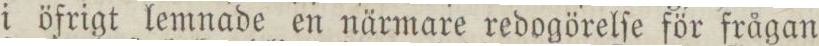
i öfrigt lemnade en närmare redogörelſe för frågan